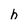
Character: h